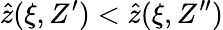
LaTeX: \hat{z}(\xi,Z^{\prime})<\hat{z}(\xi,Z^{\prime\prime})